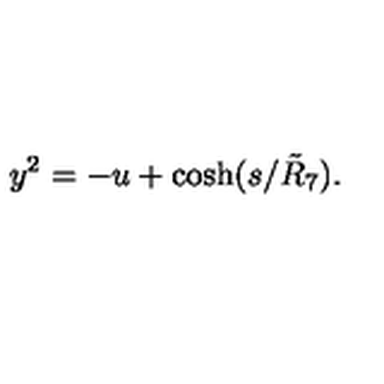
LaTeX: y ^ { 2 } = - u + \cosh ( s / \tilde { R } _ { 7 } ) .